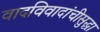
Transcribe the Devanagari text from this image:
वादविवादांचीसुद्धा